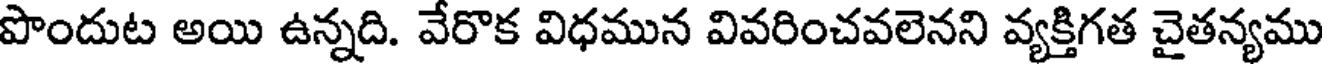
పొందుట అయి ఉన్నది. వేరొక విధమున వివరించవలెనని వ్యక్తిగత చైతన్యము